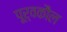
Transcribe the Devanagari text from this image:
पूर्वकौल